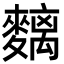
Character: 麶